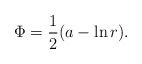
\begin{align*}\Phi = \frac{1}{2}(a-\ln r).\,\end{align*}